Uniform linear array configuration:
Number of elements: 48
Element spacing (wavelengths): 1
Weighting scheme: hann
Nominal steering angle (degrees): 15
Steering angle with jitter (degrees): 15.986
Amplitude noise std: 0.05
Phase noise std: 0.05

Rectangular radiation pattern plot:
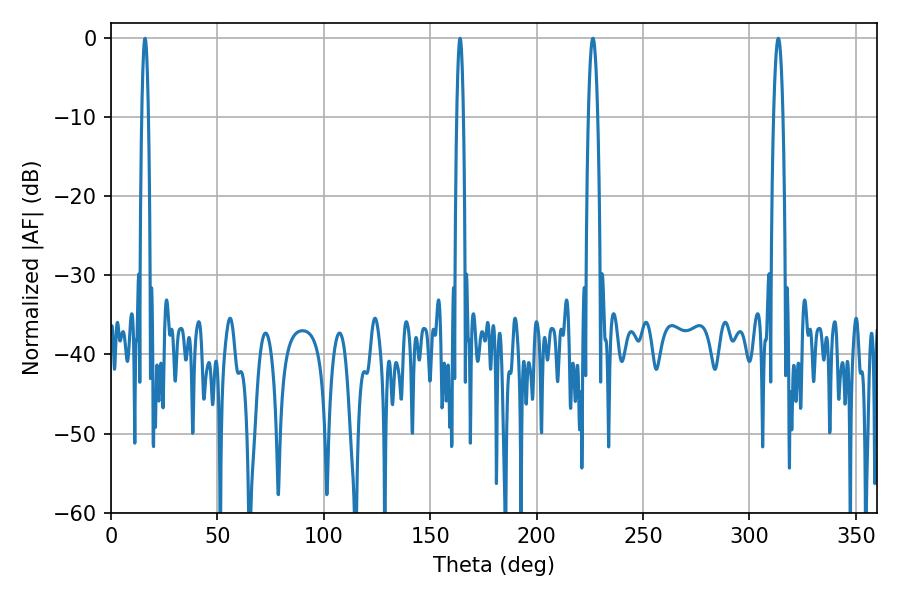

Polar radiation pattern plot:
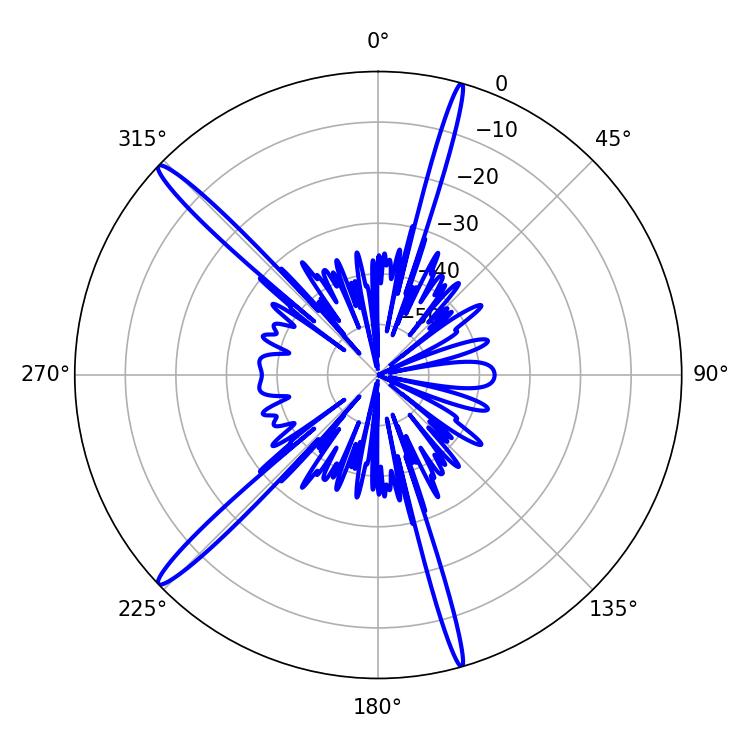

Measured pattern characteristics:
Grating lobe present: TRUE
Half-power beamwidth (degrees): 2.52
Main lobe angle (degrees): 226.44